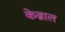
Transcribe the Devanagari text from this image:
केब्राल